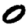
Digit: 0